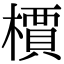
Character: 檟